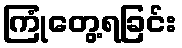
ကြုံတွေ့ရခြင်း